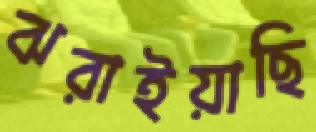
ঝরাইয়াছি